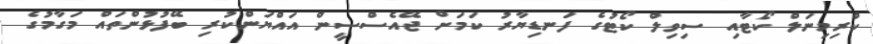
ކްރިމިނަލް ކޯޓާއި ސިވިލް ކޯޓުގެ ފަނޑިޔާރު ކަމަށް ޖޭއެސްސީން އައްޔަންކުރި ބޭފުޅުންތައް މަގާމުގެ